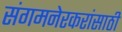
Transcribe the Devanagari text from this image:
संगमनेरकरांसाठी